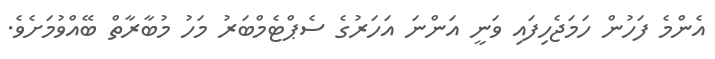
އެންމެ ފަހުން ހަމަޖެހިފައި ވަނީ އަންނަ އަހަރުގެ ސެޕްޓެމްބަރު މަހު މުބާރާތް ބޭއްވުމަށެވެ.